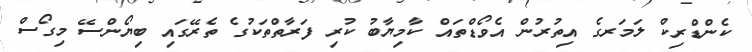
ކެންޑްރިކް ލަމަރގެ އިތުރުން އެވޯޑްތައް ކާމިޔާބު ކުރި ފަރާތްތަކުގެ ތެރޭގައި ބިޔޯންސޭ މިގޯސް